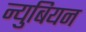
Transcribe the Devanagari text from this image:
न्युबियन